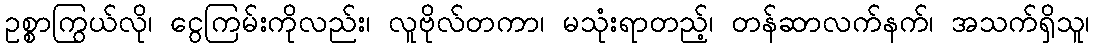
ဥစ္စာကြွယ်လို၊ ငွေကြမ်းကိုလည်း၊ လူဗိုလ်တကာ၊ မသုံးရာတည့်၊ တန်ဆာလက်နက်၊ အသက်ရှိသူ၊